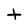
Character: t